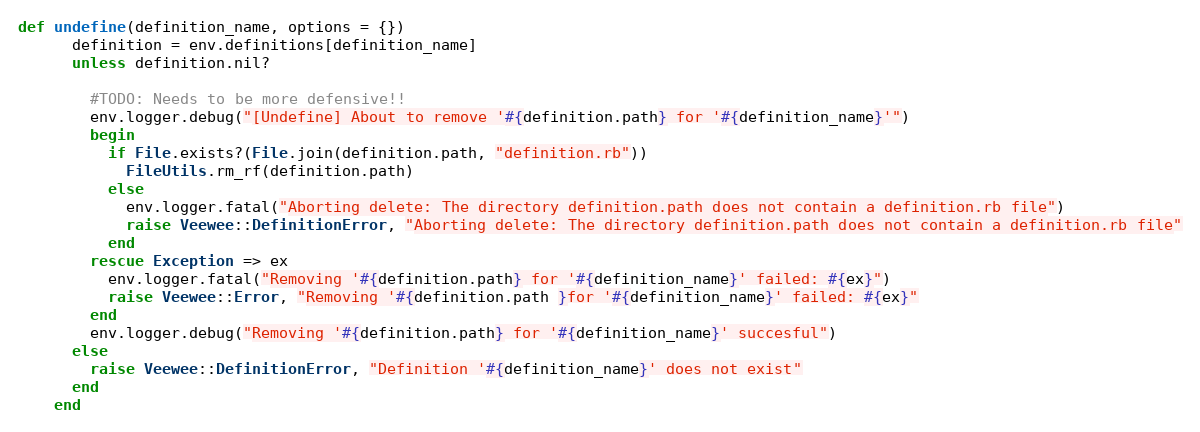
Language: Ruby
def undefine(definition_name, options = {})
      definition = env.definitions[definition_name]
      unless definition.nil?

        #TODO: Needs to be more defensive!!
        env.logger.debug("[Undefine] About to remove '#{definition.path} for '#{definition_name}'")
        begin
          if File.exists?(File.join(definition.path, "definition.rb"))
            FileUtils.rm_rf(definition.path)
          else
            env.logger.fatal("Aborting delete: The directory definition.path does not contain a definition.rb file")
            raise Veewee::DefinitionError, "Aborting delete: The directory definition.path does not contain a definition.rb file"
          end
        rescue Exception => ex
          env.logger.fatal("Removing '#{definition.path} for '#{definition_name}' failed: #{ex}")
          raise Veewee::Error, "Removing '#{definition.path }for '#{definition_name}' failed: #{ex}"
        end
        env.logger.debug("Removing '#{definition.path} for '#{definition_name}' succesful")
      else
        raise Veewee::DefinitionError, "Definition '#{definition_name}' does not exist"
      end
    end